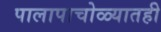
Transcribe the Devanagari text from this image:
पालापाचोळ्यातही